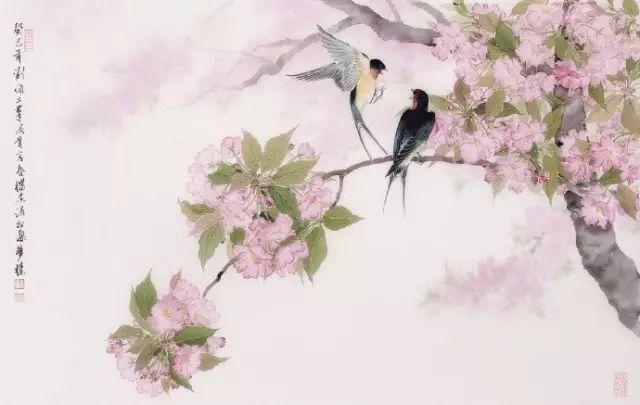
柳外轻雷池上雨，雨声滴碎荷声。小楼西角断虹明。